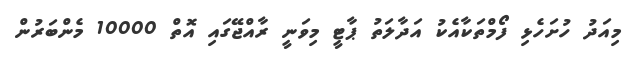
މިއަދު ހުށަހެޅި ފޯމްތަކާއެކު އަދާލަތު ޕާޓީ މިވަނީ ރާއްޖޭގައި އޮތް 10000 މެންބަރުން